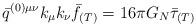
LaTeX: \begin{align*}\bar{q}^{(0)\mu\nu}k_{\mu}k_{\nu}\bar{f}_{(T)} = 16\pi G_N\bar{\tau}_{(T)} \end{align*}